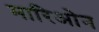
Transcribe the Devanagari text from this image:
मारिओन